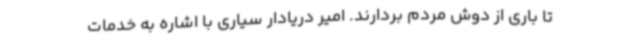
تا باری از دوش مردم بردارند. امیر دریادار سیاری با اشاره به خدمات